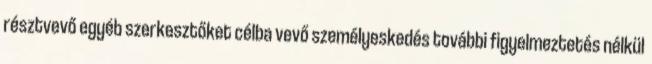
résztvevő egyéb szerkesztőket célba vevő személyeskedés további figyelmeztetés nélkül